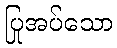
ပြုအပ်သော